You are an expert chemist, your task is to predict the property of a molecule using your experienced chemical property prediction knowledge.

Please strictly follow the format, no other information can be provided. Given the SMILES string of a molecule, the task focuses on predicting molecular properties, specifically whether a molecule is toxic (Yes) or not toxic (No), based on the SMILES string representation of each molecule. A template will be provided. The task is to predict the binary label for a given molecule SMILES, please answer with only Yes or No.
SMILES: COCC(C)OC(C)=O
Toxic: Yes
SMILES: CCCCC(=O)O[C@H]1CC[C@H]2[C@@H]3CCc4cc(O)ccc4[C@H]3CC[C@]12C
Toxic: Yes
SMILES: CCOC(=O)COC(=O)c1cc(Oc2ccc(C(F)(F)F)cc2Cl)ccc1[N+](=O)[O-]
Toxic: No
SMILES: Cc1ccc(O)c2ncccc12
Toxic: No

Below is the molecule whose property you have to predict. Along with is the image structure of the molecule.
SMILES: Cc1ccc2c(c1)[C@]13CCCC[C@@H]1[C@H](C2)N(C)CC3
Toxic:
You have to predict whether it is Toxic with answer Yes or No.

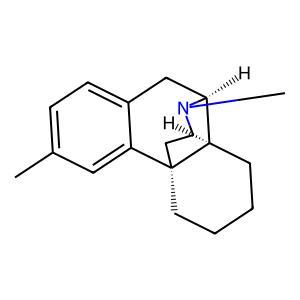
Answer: No